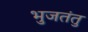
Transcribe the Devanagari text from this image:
भुजतंतु